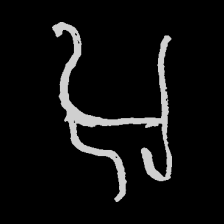
Pyu character \u2014 Myanmar letter: အ (romanized: a)